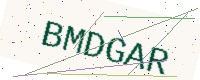
Text: BMDGAR